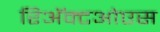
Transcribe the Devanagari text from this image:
रिअॅक्टओएस